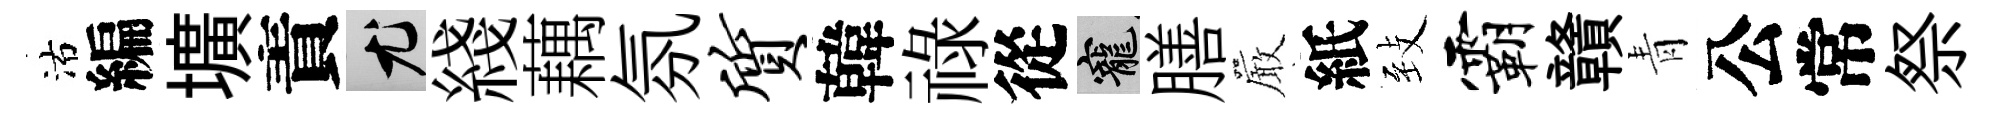
沽編壙責尤綫藕氛质韓祿從寵膳巖紙𦤺霸贛青公常祭